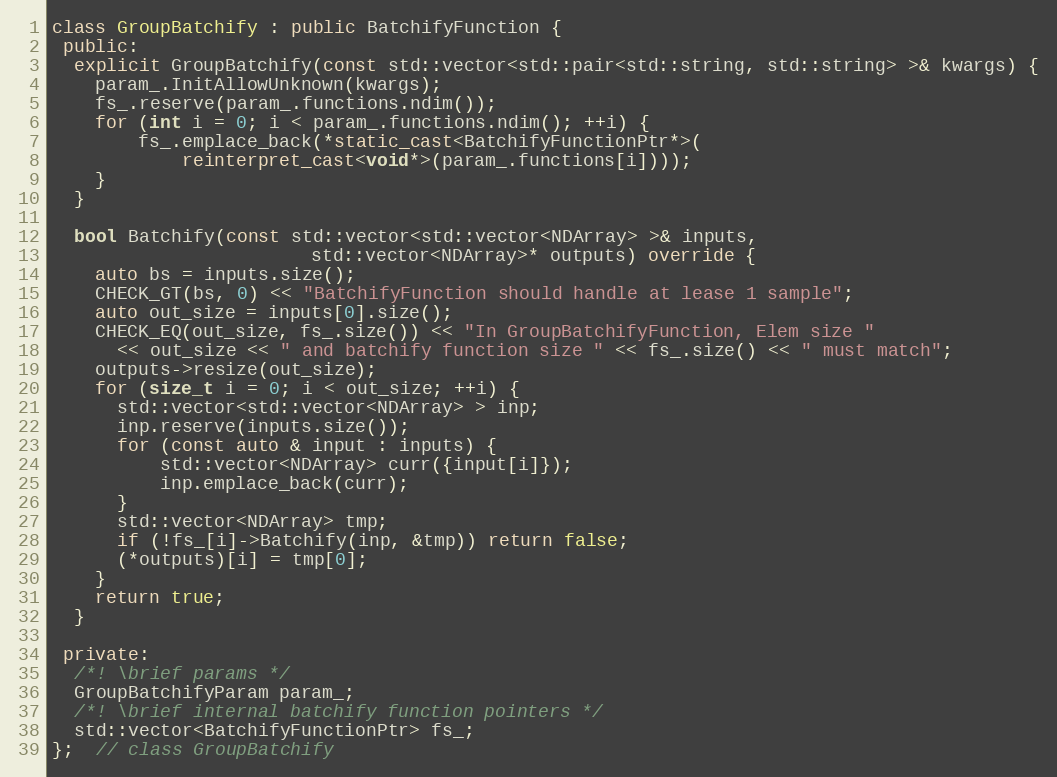
Language: C++
class GroupBatchify : public BatchifyFunction {
 public:
  explicit GroupBatchify(const std::vector<std::pair<std::string, std::string> >& kwargs) {
    param_.InitAllowUnknown(kwargs);
    fs_.reserve(param_.functions.ndim());
    for (int i = 0; i < param_.functions.ndim(); ++i) {
        fs_.emplace_back(*static_cast<BatchifyFunctionPtr*>(
            reinterpret_cast<void*>(param_.functions[i])));
    }
  }

  bool Batchify(const std::vector<std::vector<NDArray> >& inputs,
                        std::vector<NDArray>* outputs) override {
    auto bs = inputs.size();
    CHECK_GT(bs, 0) << "BatchifyFunction should handle at lease 1 sample";
    auto out_size = inputs[0].size();
    CHECK_EQ(out_size, fs_.size()) << "In GroupBatchifyFunction, Elem size "
      << out_size << " and batchify function size " << fs_.size() << " must match";
    outputs->resize(out_size);
    for (size_t i = 0; i < out_size; ++i) {
      std::vector<std::vector<NDArray> > inp;
      inp.reserve(inputs.size());
      for (const auto & input : inputs) {
          std::vector<NDArray> curr({input[i]});
          inp.emplace_back(curr);
      }
      std::vector<NDArray> tmp;
      if (!fs_[i]->Batchify(inp, &tmp)) return false;
      (*outputs)[i] = tmp[0];
    }
    return true;
  }

 private:
  /*! \brief params */
  GroupBatchifyParam param_;
  /*! \brief internal batchify function pointers */
  std::vector<BatchifyFunctionPtr> fs_;
};  // class GroupBatchify